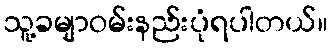
သူ့ခမျာဝမ်းနည်းပုံရပါတယ်။